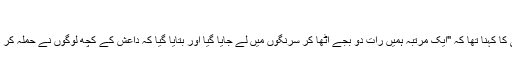
”
ٹموتھی کا کہنا تھا کہ "ایک مرتبہ ہمیں رات دو بجے اٹھا کر سرنگوں میں لے جایا گیا اور بتایا گیا کہ داعش کے کچھ لوگوں نے حملہ کر دیا ہے۔